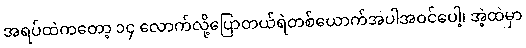
အရပ်ထဲကတော့ ၁၄ လောက်လို့ပြောတယ်ရဲတစ်ယောက်အပါအဝင်ပေါ့၊ အဲ့ထဲမှာ